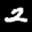
Label: 2